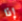
إذا